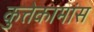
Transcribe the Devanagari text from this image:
कुत्तेकामांस